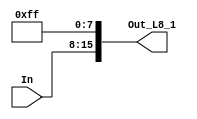
module ShiftLeftThenAdd1s(In, Out_L8_1);
    input [7:0] In;
    output [15:0] Out_L8_1;
    
    assign Out_L8_1 = {In[7:0], 8'b11111111};
    
endmodule